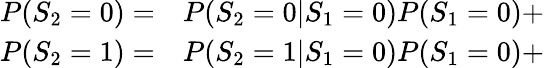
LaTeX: \begin{array}{rl}{P(S_{2}=0)=}&{{}P(S_{2}=0|S_{1}=0)P(S_{1}=0)+}\\ {P(S_{2}=1)=}&{{}P(S_{2}=1|S_{1}=0)P(S_{1}=0)+}\end{array}